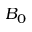
B _ { 0 }